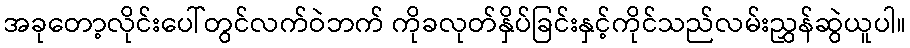
အခုတော့လိုင်းပေါ်တွင်လက်ဝဲဘက် ကိုခလုတ်နှိပ်ခြင်းနှင့်ကိုင်သည်လမ်းညွှန်ဆွဲယူပါ။